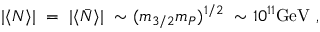
| \langle N \rangle | ~ = ~ | \langle \bar { N } \rangle | ~ \sim ( m _ { 3 / 2 } m _ { P } ) ^ { 1 / 2 } ~ \sim 1 0 ^ { 1 1 } \mathrm { { G e V } } ~ ,